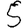
Digit: 5